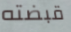
قبضته